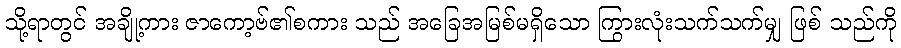
သို့ရာတွင် အချို့ကား ဇာကော့ဗ်၏စကား သည် အခြေအမြစ်မရှိသော ကြွားလုံးသက်သက်မျှ ဖြစ် သည်ကို